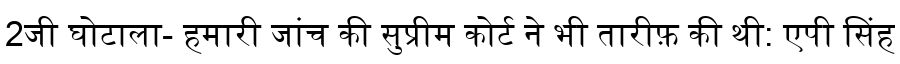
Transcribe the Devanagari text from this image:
2जी घोटाला- हमारी जांच की सुप्रीम कोर्ट ने भी तारीफ़ की थी: एपी सिंह